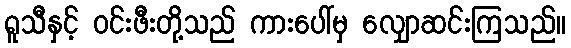
ရူသီနှင့် ဝင်းဖီးတို့သည် ကားပေါ်မှ လျှောဆင်းကြသည်။